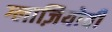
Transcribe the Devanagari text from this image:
ग्लाज़ियोवी